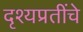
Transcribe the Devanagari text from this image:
दृश्यप्रतींचे